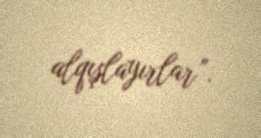
alqışlayırlar”.